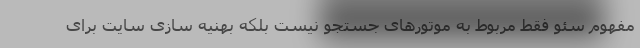
مفهوم سئو فقط مربوط به موتورهای جستجو نیست بلکه بهنیه سازی سایت برای